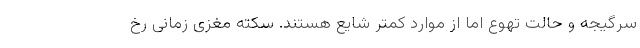
سرگیجه و حالت تهوع اما از موارد کمتر شایع هستند. سکته مغزی زمانی رخ